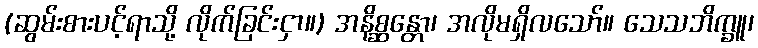
(ဆွမ်းစားပင့်ရာသို့ လိုက်ခြင်းငှာ။) အနိစ္ဆန္တော၊ အလိုမရှိလသော်။ သေသဘိက္ခူ၊